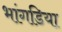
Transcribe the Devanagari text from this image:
भांगडिया